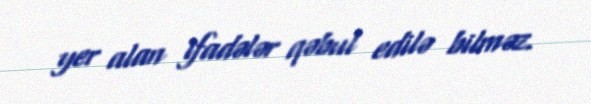
yer alan ifadələr qəbul edilə bilməz.